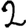
Digit: 2